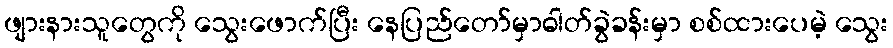
ဖျားနားသူတွေကို သွေးဖောက်ပြီး နေပြည်တော်မှာဓါတ်ခွဲခန်းမှာ စစ်ထားပေမဲ့ သွေး